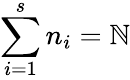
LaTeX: \sum_{i=1}^{s}n_{i}=\mathbb{N}